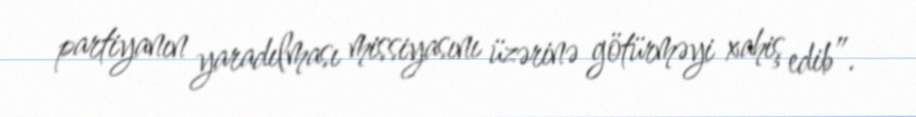
partiyanın yaradılması missiyasını üzərinə götürməyi xahiş edib”.